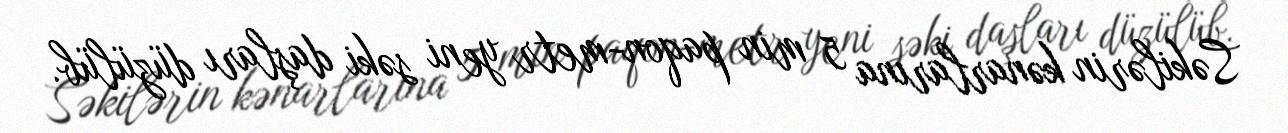
Səkilərin kənarlarına 5 min paqon-metr yeni səki daşları düzülüb.